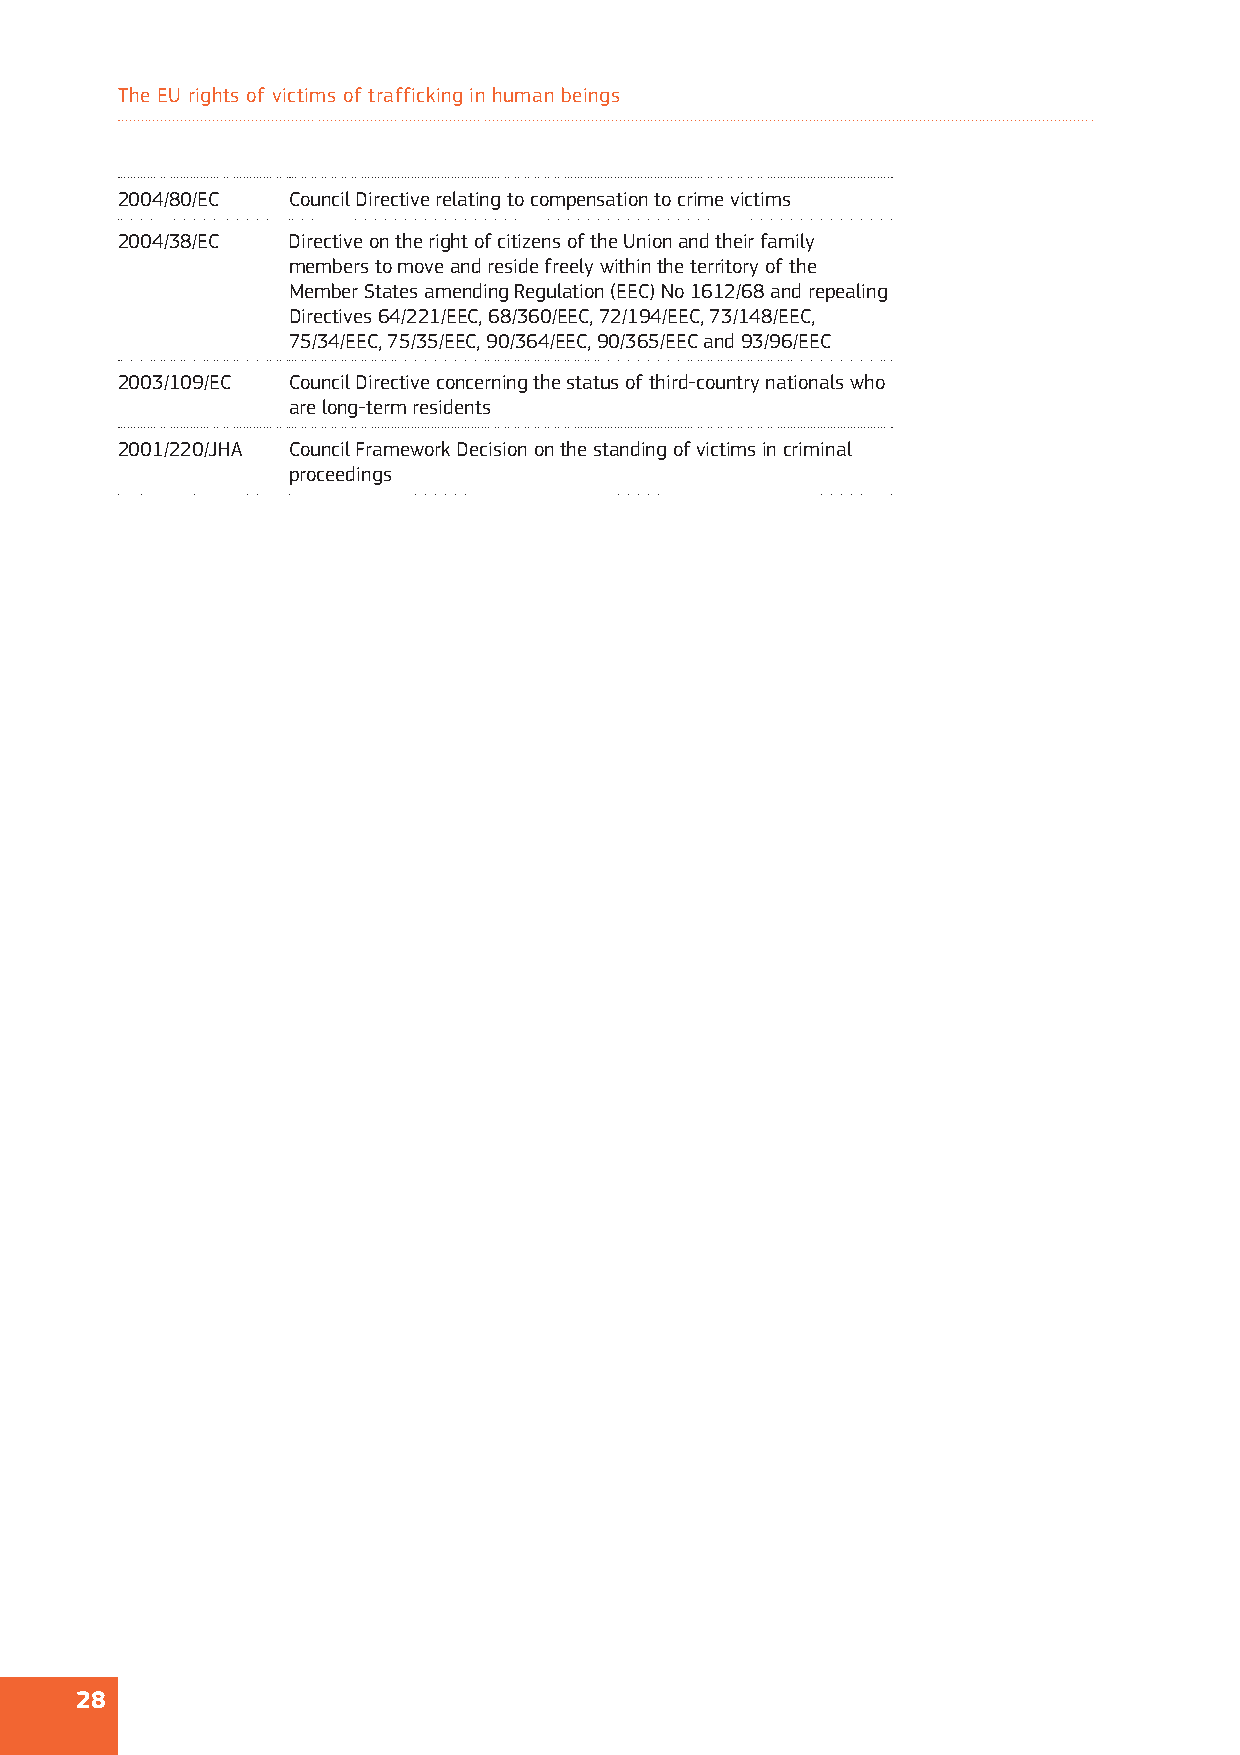
The EU rights of victims of trafficking in human beings
 2004/80/EC Council Directive relating to compensation to crime victims
 2004/38/EC Directive on the right of citizens of the Union and their family
 members to move and reside freely within the territory of the
 Member States amending Regulation (EEC) No 1612/68 and repealing
 Directives 64/221/EEC, 68/360/EEC, 72/194/EEC, 73/148/EEC,
 75/34/EEC, 75/35/EEC, 90/364/EEC, 90/365/EEC and 93/96/EEC
 2003/109/EC Council Directive concerning the status of third-country nationals who
 are long-term residents
 2001/220/JHA Council Framework Decision on the standing of victims in criminal
 proceedings
 28